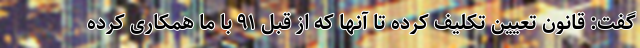
گفت: قانون تعیین تکلیف کرده تا آنها که از قبل ۹۱ با ما همکاری کرده